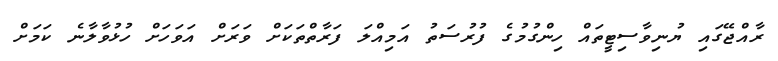
ރާއްޖޭގައި ޔުނިވާސިޓީތައް ހިންގުމުގެ ފުރުސަތު އަމިއްލަ ފަރާތްތަކަށް ވަރަށް އަވަހަށް ހުޅުވާލާނެ ކަމަށް